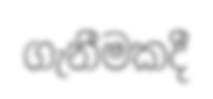
ගැනීමකදී